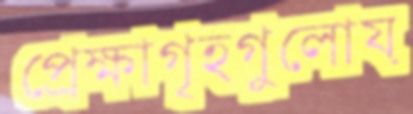
প্রেক্ষাগৃহগুলোয়